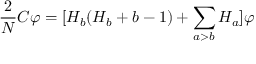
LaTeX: \frac { 2 } { N } C \varphi = [ H _ { b } ( H _ { b } + b - 1 ) + \sum _ { a > b } H _ { a } ] \varphi